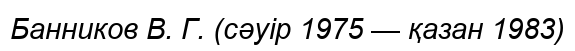
Банников В. Г. (сәуір 1975 — қазан 1983)